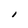
Character: I